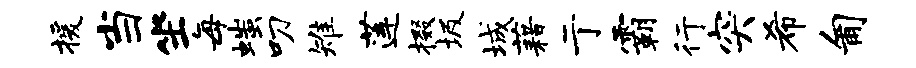
援当坐每嗤叨雉莲掇圾城藉亍霸行突希匍